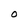
Character: O